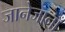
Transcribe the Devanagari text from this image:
जानेजानाँ